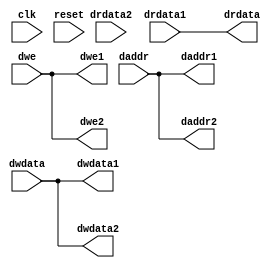
`timescale 1ns/1ps
// Bus interface unit: assumes two branches of the bus -
// 1. connect to dmem
// 2. connect to a single peripheral
// The BIU needs to know the addresses at which DMEM and peripheral are
// connected, so it can do the required multiplexing. 
// These need to be added as part of your code. 
module biu (
    input clk,
    input reset,
    input [31:0] daddr,
    input [31:0] dwdata,
    input [3:0] dwe,
    output [31:0] drdata,

    // Signals going to/from dmem
    output [31:0] daddr1,
    output [31:0] dwdata1,
    output [3:0]  dwe1,
    input  [31:0] drdata1,

    // Signals going to/from peripheral
    output [31:0] daddr2,
    output [31:0] dwdata2,
    output [3:0]  dwe2,
    input  [31:0] drdata2
);

    // Modify below so that depending on the actual daddr range the BIU decides whether 
    // the response was from DMEM or peripheral - maybe a MUX?
    assign drdata = drdata1;

    // Send values to DMEM or peripheral (or both if it does not matter)
    // as required
    assign daddr1 = daddr;
    assign dwdata1 = dwdata;
    assign dwe1 = dwe;

    assign daddr2 = daddr;
    assign dwdata2 = dwdata;
    assign dwe2 = dwe;

endmodule